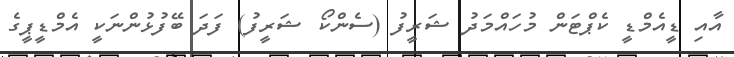
އާއި ޑީއެމްޑީ ކެޕްޓަން މުހައްމަދު ޝަރީފު (ސެންކޯ ޝަރީފު) ފަދަ ބޭފުޅުންނަކީ އެމްޑީޕީގެ